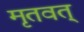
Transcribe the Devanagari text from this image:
मृतवत्‌